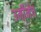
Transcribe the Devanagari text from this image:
उर्मीनेच